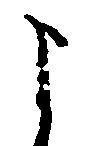
よ